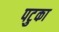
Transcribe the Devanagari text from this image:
पटुका